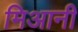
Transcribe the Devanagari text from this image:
मिआनी